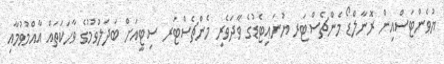
ޔުުވެންޓަސްއިން ރޮނާލްޑޯ މެންޗެސްޓަރ ޔުނައިޓެޑުގެ ވާދަވެރި މެންޗެސްޓަރ ސިޓީއަށް ބަދަލުވުމުގެ ވާހަކަތައް އާއްމުވުމާއި